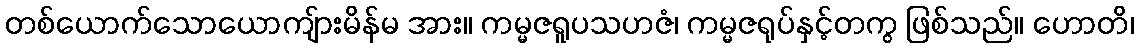
တစ်ယောက်သောယောကျ်ားမိန်မ အား။ ကမ္မဇရူပသဟဇံ၊ ကမ္မဇရုပ်နှင့်တကွ ဖြစ်သည်။ ဟောတိ၊